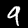
Label: 9